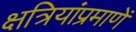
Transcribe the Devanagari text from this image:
क्षत्रियांप्रमाणें